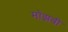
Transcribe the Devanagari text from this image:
मोझबी